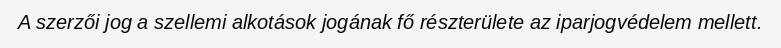
A szerzői jog a szellemi alkotások jogának fő részterülete az iparjogvédelem mellett.